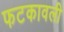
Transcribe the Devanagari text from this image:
फटकावली